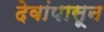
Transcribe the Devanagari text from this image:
देवांपासून